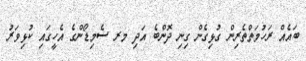
ބައެއް ރަހުމަތްތެރިން ގުޅިގެން ގިނި ދޮންބެ އަދި މރ ސެމިޑޯންގެ އެހީގައި ކުޅިވަރު